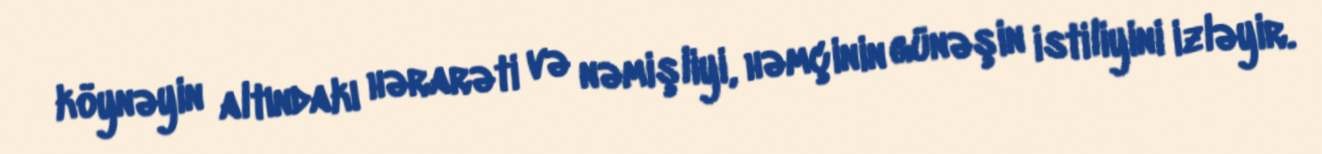
köynəyin altındakı hərarəti və nəmişliyi, həmçinin günəşin istiliyini izləyir.